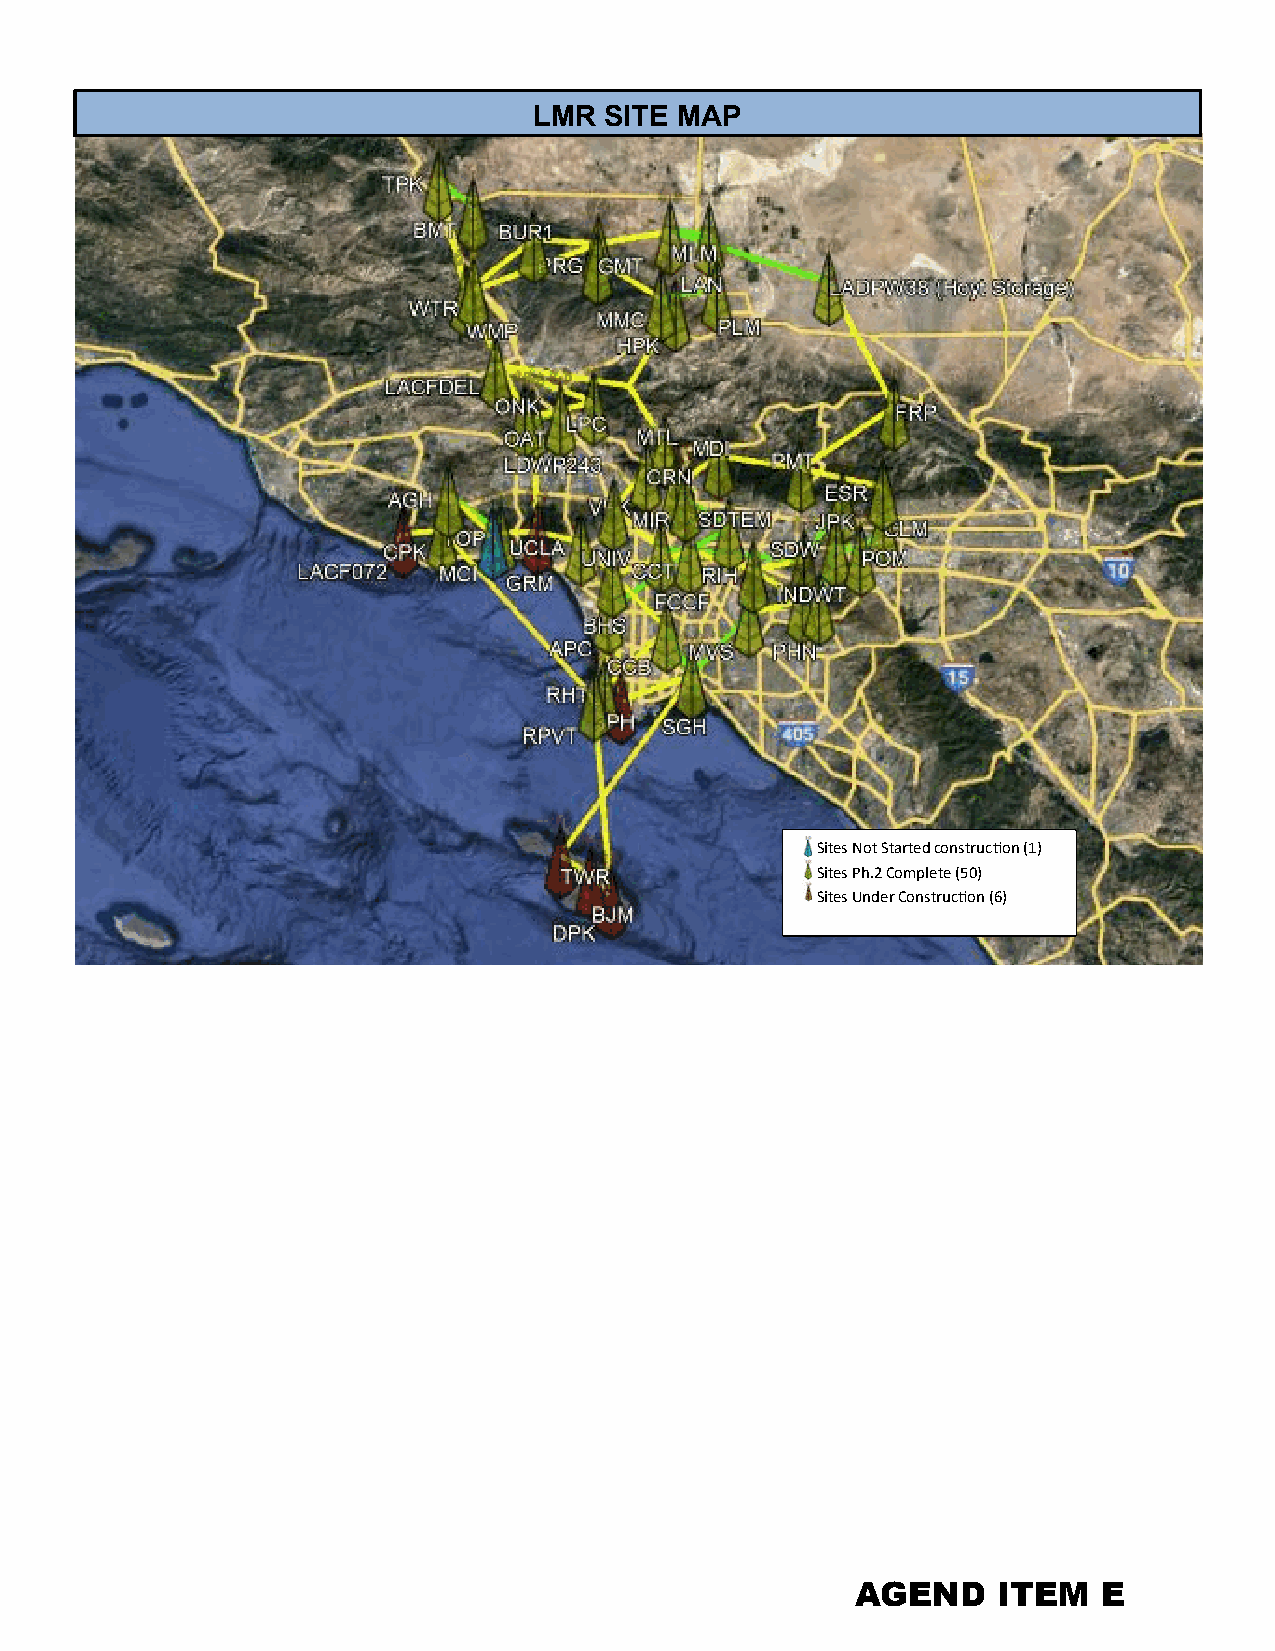
834942
 LMR  SITE MAP
 Sites Not Started construc�on (1)
 Sites Ph.2 Complete (50)
 Sites Under Construc�on (6)
 AGEND    ITEM   E